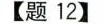
【题12】